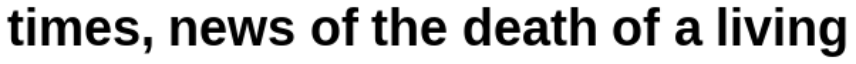
times, news of the death of a living